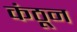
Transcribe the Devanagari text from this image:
कंठून